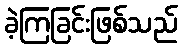
ခဲ့ကြခြင်းဖြစ်သည်